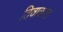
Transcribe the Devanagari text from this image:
दिवाकाल